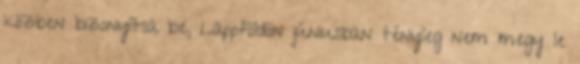
közben bizonyítsa be, Lappföldön júniusban tényleg nem megy le